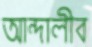
আন্দালীব